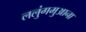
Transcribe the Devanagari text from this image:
ललुंगमुआना